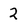
Character: 2